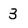
Character: 3